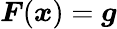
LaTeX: \boldsymbol{F}(\boldsymbol{x})=\boldsymbol{g}